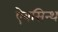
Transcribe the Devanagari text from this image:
ऐबसिन्थ